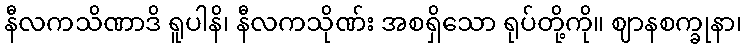
နီလကသိဏာဒိ ရူပါနိ၊ နီလကသိုဏ်း အစရှိသော ရုပ်တို့ကို။ ဈာနစက္ခုနာ၊